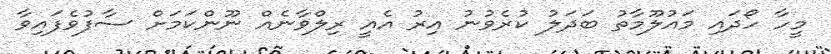
މީހާ ހޯދައި މައުލޫމާތު ބަދަލު ކުރެވުނު އިރު އެއީ ރިލްވާނެއް ނޫންކަމަށް ސާފުވެފައިވާ